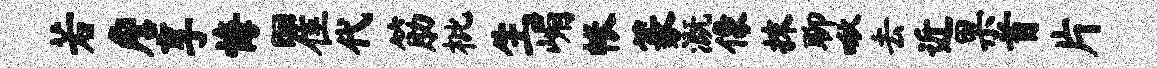
若詹享悔瞿代筋枇生嵋帐篆溉像抹聊啾去近果首片